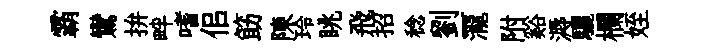
霸鸞拚畔嗜佀筯陳玲眺飛招稔劉一瀧附谿溽驪欄姪